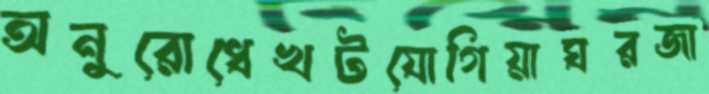
অনুরোধেখটযোগিয়াঘরজা